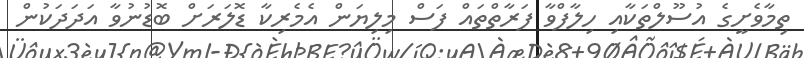
ތިމާވެށީގެ އުސޫލްތަކާއި ހިލާފްވާ ފަރާތްތައް ފަސް މިލިޔަން އެމެރިކާ ޑޮލަރަށް ބޮޑުނުވާ އަދަދަކުން